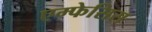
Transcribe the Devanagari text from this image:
एम्फेसिस